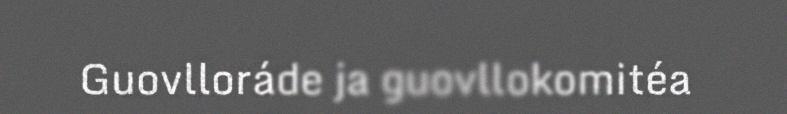
Guovlloráde ja guovllokomitéa